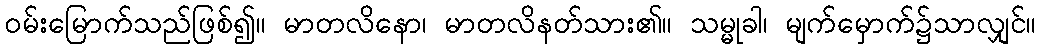
ဝမ်းမြောက်သည်ဖြစ်၍။ မာတလိနော၊ မာတလိနတ်သား၏။ သမ္မုခါ၊ မျက်မှောက်၌သာလျှင်။